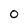
Character: O